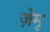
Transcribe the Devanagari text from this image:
ज़ेमू